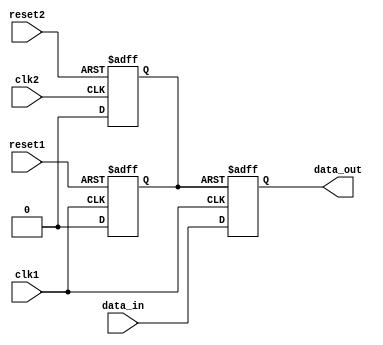
module Synchronizer (
    input wire clk1, // clock signal for domain 1
    input wire clk2, // clock signal for domain 2
    input wire reset1, // reset signal for domain 1
    input wire reset2, // reset signal for domain 2
    input wire data_in, // input data signal to be synchronized
    output reg data_out // synchronized output data signal
);

reg sync_reset;

// Synchronize reset signal
always @(posedge clk1 or posedge reset1) begin
    if (reset1) begin
        sync_reset <= 1'b1;
    end else begin
        sync_reset <= 1'b0;
    end
end

always @(posedge clk2 or posedge reset2) begin
    if (reset2) begin
        sync_reset <= 1'b1;
    end else begin
        sync_reset <= 1'b0;
    end
end

// Synchronize data signal
always @(posedge clk1 or posedge sync_reset) begin
    if (sync_reset) begin
        data_out <= 1'b0;
    end else begin
        data_out <= data_in;
    end
end

endmodule